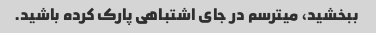
ببخشید، میترسم در جای اشتباهی پارک کرده باشید.